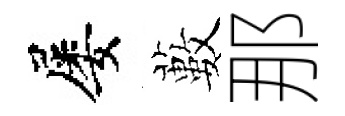
屡藪那